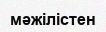
мәжілістен